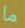
ما